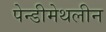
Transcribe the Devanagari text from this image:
पेन्‍डीमेथलीन